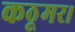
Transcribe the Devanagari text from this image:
कठूमर।